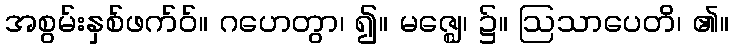
အစွမ်းနှစ်ဖက်ဝ်။ ဂဟေတွာ၊ ၍။ မဇ္ဈေ၊ ၌။ ဩသာပေတိ၊ ၏။